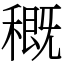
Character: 穊